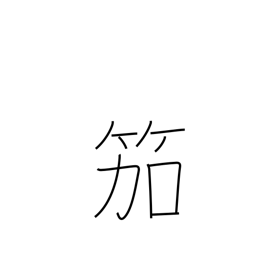
Meaning: reed flute